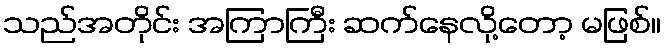
သည်အတိုင်း အကြာကြီး ဆက်နေလို့တော့ မဖြစ်။